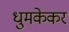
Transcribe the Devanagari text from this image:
धुमकेकर